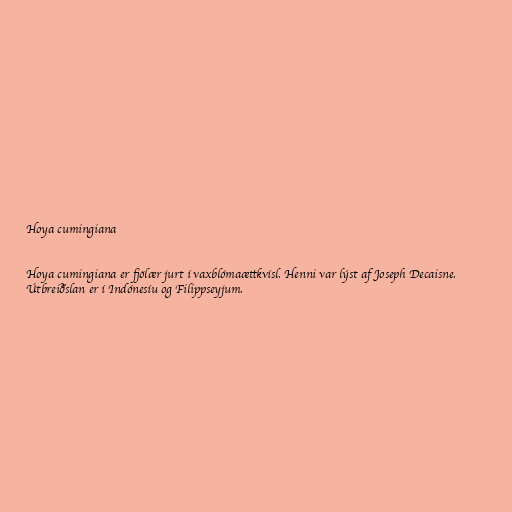
Hoya cumingiana

Hoya cumingiana er fjölær jurt í vaxblómaættkvísl. Henni var lýst af Joseph Decaisne.
Útbreiðslan er í Indónesíu og Filippseyjum.